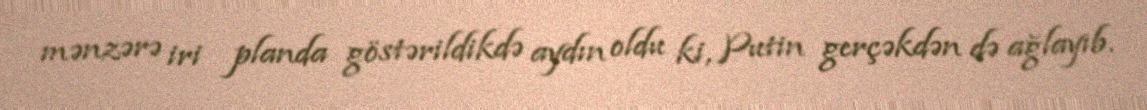
mənzərə iri planda göstərildikdə aydın oldu ki, Putin gerçəkdən də ağlayıb.